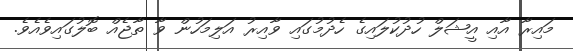
މައިރާ އާއި އީޝަލް ހުދުކުލައިގެ ހެދުމުގައި ވާއިރު އަލިމަހުން ވާ ތާޖެއް ބޮލުގައިވެއެވެ.